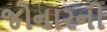
જોનારની